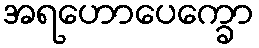
အရဟောပေက္ခော